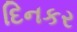
દિનકર